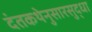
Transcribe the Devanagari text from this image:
दंतकथेनुसारसुद्धा